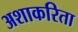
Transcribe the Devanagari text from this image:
अशाकरिता